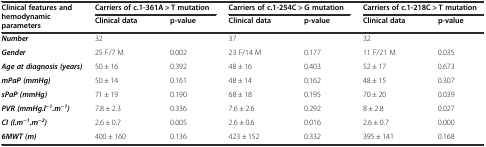
<table><thead><tr><td rowspan="2"><b>Clinical features and hemodynamic parameters</b></td><td colspan="2"><b>Carriers of c.1-361A &gt; T mutation</b></td><td colspan="2"><b>Carriers of c.1-254C &gt; G mutation</b></td><td colspan="2"><b>Carriers of c.1-218C &gt; T mutation</b></td></tr><tr><td><b>Clinical data</b></td><td><b>p-value</b></td><td><b>Clinical data</b></td><td><b>p-value</b></td><td><b>Clinical data</b></td><td><b>p-value</b></td></tr></thead><tbody><tr><td><b><i>Number</i></b></td><td>32</td><td></td><td>37</td><td></td><td>32</td><td></td></tr><tr><td><b><i>Gender</i></b></td><td>25 F/7 M</td><td>0.002</td><td>23 F/14 M</td><td>0.177</td><td>11 F/21 M</td><td>0.035</td></tr><tr><td><b><i>Age at diagnosis (years)</i></b></td><td>50 ± 16</td><td>0.392</td><td>48 ± 16</td><td>0.403</td><td>52 ± 17</td><td>0.673</td></tr><tr><td><b><i>mPaP (mmHg)</i></b></td><td>50 ± 14</td><td>0.161</td><td>48 ± 14</td><td>0.162</td><td>48 ± 15</td><td>0.307</td></tr><tr><td><b><i>sPaP (mmHg)</i></b></td><td>71 ± 19</td><td>0.190</td><td>68 ± 18</td><td>0.195</td><td>70 ± 20</td><td>0.039</td></tr><tr><td><b><i>PVR (mmHg.l</i></b><sup><b><i>−1</i></b></sup><b><i>.m</i></b><sup><b><i>−1</i></b></sup><b><i>)</i></b></td><td>7.8 ± 2.3</td><td>0.336</td><td>7.6 ± 2.6</td><td>0.292</td><td>8 ± 2.8</td><td>0.027</td></tr><tr><td><b><i>CI (l.m</i></b><sup><b><i>−1</i></b></sup><b><i>.m</i></b><sup><b><i>−2</i></b></sup><b><i>)</i></b></td><td>2.6 ± 0.7</td><td>0.005</td><td>2.6 ± 0.6</td><td>0.016</td><td>2.6 ± 0.7</td><td>0.000</td></tr><tr><td><b><i>6MWT (m)</i></b></td><td>400 ± 160</td><td>0.136</td><td>423 ± 152</td><td>0.332</td><td>395 ± 141</td><td>0.168</td></tr></tbody></table>